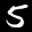
Label: 5